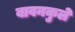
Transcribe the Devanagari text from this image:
बावनकुले